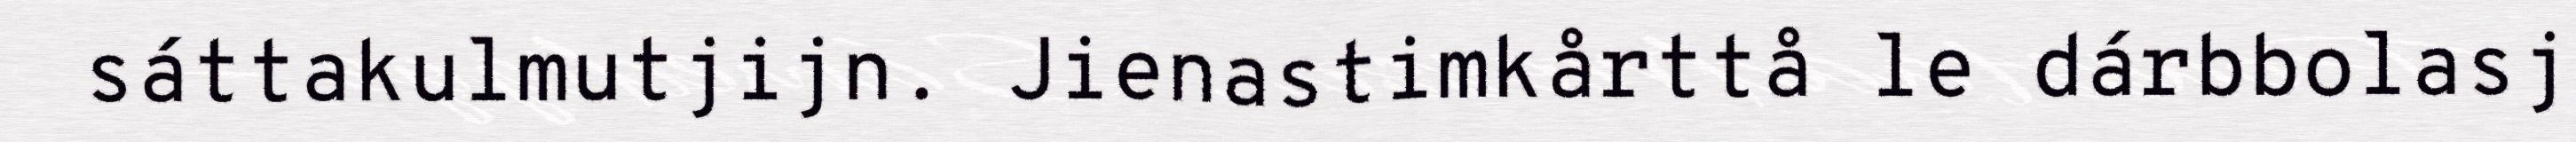
sáttakulmutjijn. Jienastimkårttå le dárbbolasj